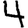
Digit: 4